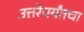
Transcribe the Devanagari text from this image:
उत्तरेपर्यंतचा